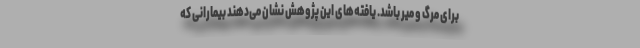
برای مرگ و میر باشد. یافته‌های این پژوهش نشان می‌دهند بیمارانی که